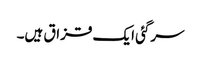
سرگئی ایک قزاق ہیں۔